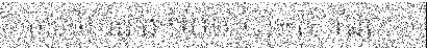
មានទំហំជាង ១០០ ហិចតា ដែល